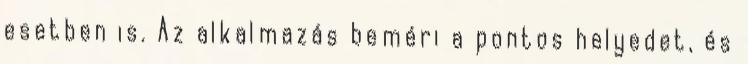
esetben is. Az alkalmazás beméri a pontos helyedet, és